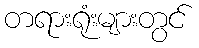
တရားရုံးများတွင်